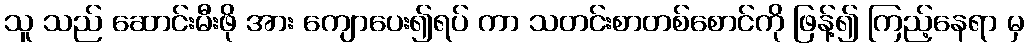
သူ သည် ဆောင်းမီးဖို အား ကျောပေး၍ရပ် ကာ သတင်းစာတစ်စောင်ကို ဖြန့်၍ ကြည့်နေရာ မှ